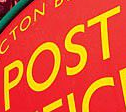
POST